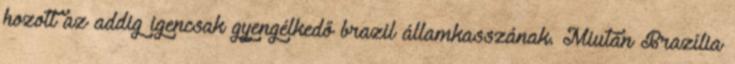
hozott az addig igencsak gyengélkedő brazil államkasszának. Miután Brazília